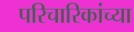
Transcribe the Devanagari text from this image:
परिचारिकांच्या